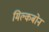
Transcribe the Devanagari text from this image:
मिल्कबोन